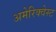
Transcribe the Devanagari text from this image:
अमेरिक्वेस्ट